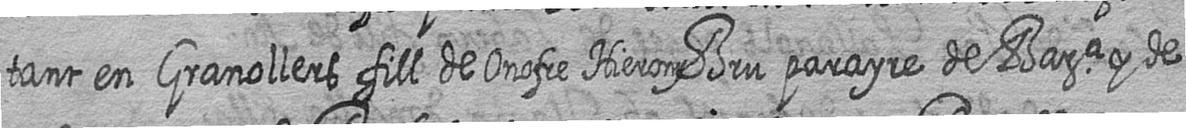
tant en Granollers fill de Onofre Hierony Bru parayre de Bara y de